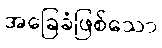
အခြေခံဖြစ်သော